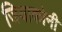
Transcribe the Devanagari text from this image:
जियाकोनी